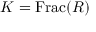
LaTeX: K = { \mathrm { F r a c } } ( R )